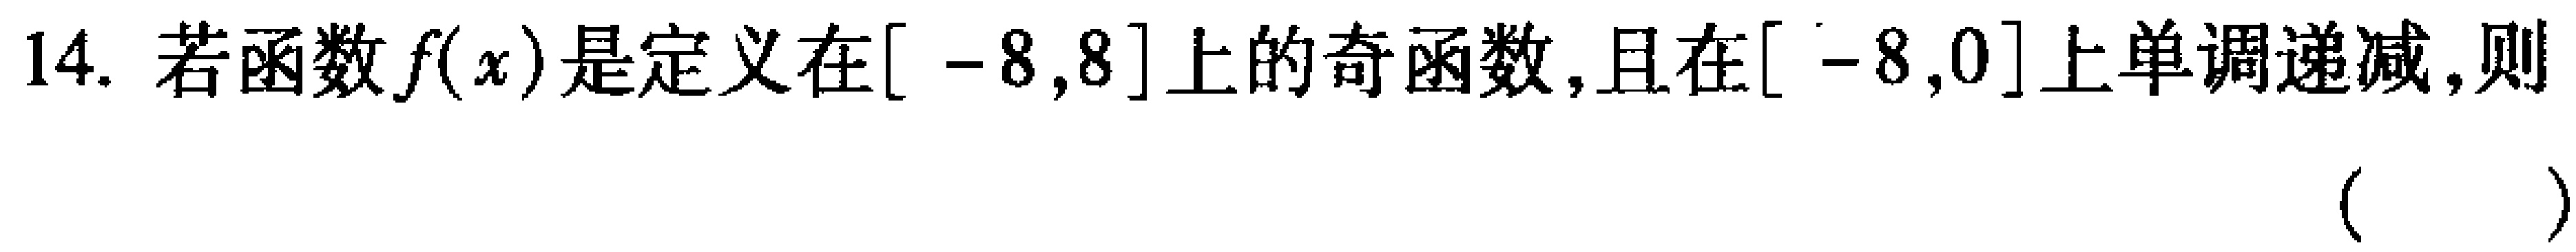
14. 若函数\(f(x)\)是定义在\([ - 8,8]\)上的奇函数,且在\([ - 8,0]\)上单调递减,则（  ）